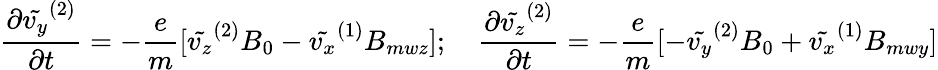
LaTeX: \frac{\partial\tilde{v_{y}}^{(2)}}{\partial t}=-\frac{e}{m}[\tilde{v_{z}}^{(2)}B_{0}-\tilde{v_{x}}^{(1)}B_{mwz}];\quad\frac{\partial\tilde{v_{z}}^{(2)}}{\partial t}=-\frac{e}{m}[-\tilde{v_{y}}^{(2)}B_{0}+\tilde{v_{x}}^{(1)}B_{mwy}]